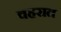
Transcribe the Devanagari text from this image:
वहरात